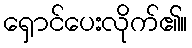
ရှောင်ပေးလိုက်၏။